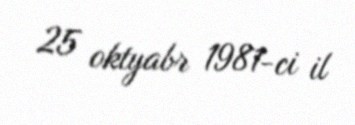
25 oktyabr 1981-ci il